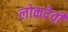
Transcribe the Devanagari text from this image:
लोकदेवी